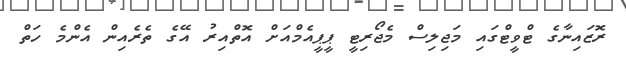
ރޮޒައިނާގެ ޓްވީޓްގައި މަޖިލިސް މެޖޯރިޓީ ޕީޕީއެމްއަށް އޮތްއިރު އޭގެ ތެރެއިން އެންމެ ހަތް